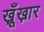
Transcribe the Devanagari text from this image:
ख़ूँख़ार